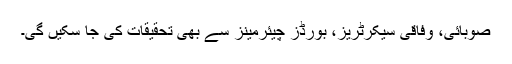
صوبائی، وفاقی سیکرٹریز، بورڈز چیئرمینز سے بھی تحقیقات کی جا سکیں گی۔